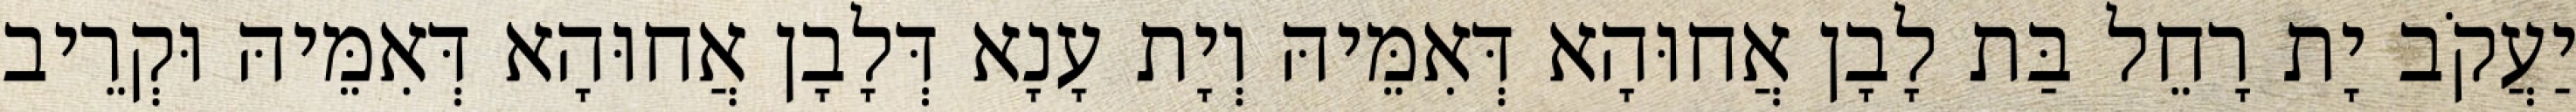
יַעֲקֹב יָת רָחֵל בַּת לָבָן אֲחוּהָא דְּאִמֵּיהּ וְיָת עָנָא דְּלָבָן אֲחוּהָא דְּאִמֵּיהּ וּקְרֵיב